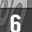
Digit: 6